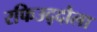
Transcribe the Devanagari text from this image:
रफिउद्दौला